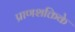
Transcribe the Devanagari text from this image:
प्राणशक्तिके